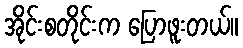
အိုင်းစတိုင်းက ပြောဖူးတယ်။